Vaccination in Bombay 1902-1912 - 1902-1912
Year: 1902
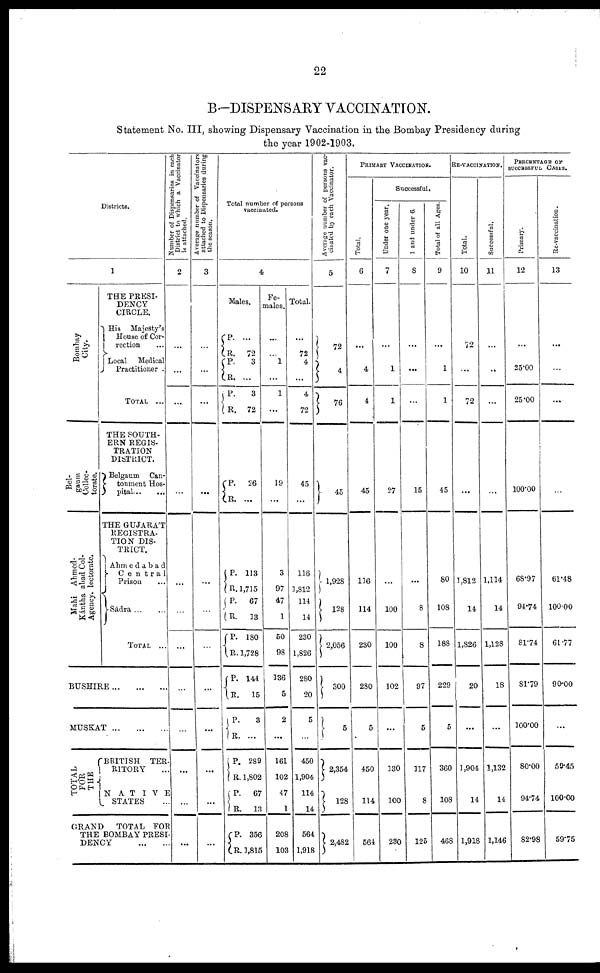
22
B.—DISPENSARY VACCINATION.
Statement No. III, showing Dispensary Vaccination in the Bombay Presidency during
the year 1902-1903.
Districts.
1
Bombay
City.
Bel¬
gaum
Collec¬
torate.
Ahmed¬
abad Col¬
lectorate.
Mahi
Kántha
Agency.
THE PRESI-
DENCY
CIRCLE.
His Majesty's
House of Cor¬
rection ...
Local Medical
Practitioner .
TOTAL ...
THE SOUTH-
ERN REGIS-
TRATION
DISTRICT.
Belgaum Can¬
tonment Hos¬
pital ... ...
THE GUJARÁT
REGISTRA-
TION DIS-
TRICT.
Ahmedabad
Central
Prison
...
Sádra ... ...
TOTAL ...
BUSHIRE
...
...
...
MUSKAT
...
...
...
TOTAL
FOR
THE
BRITISH TER¬
RITORY ...
NATIVE
STATES ...
GRAND
TOTAL FOR
THE BOMBAY PRESI¬
DENCY
...
...
Number of Dispensaries in each
District to which a Vaccinator
is attached.
2
...
...
...
...
...
...
...
...
...
...
...
...
Average number of Vaccinators
attached to Dispensaries during
the season.
3
...
...
...
...
...
...
...
...
...
...
...
...
Total number of persons
vaccinated.
4
Males.
P. R. P. R.
P.
R.
P.
R.
P.
R.
P.
R.
P.
R.
P.
R.
P.
R.
P.
R.
P.
R.
P. R.
...
72
3
...
3
72
26
...
113
1,715
67
33
180
1,728
141
15
3
...
289
1,802
67
13
356
1,815
Fe-
males.
...
...
1
...
1
...
19
...
3
97
47
1
50
98
136
5
2
...
161
102
47
1
208
103
Total.
...
72
4
...
4
72
45
...
116
1,812
114
14
230
1,826
280
20
5
450
1,904
114
14
564
1,918
Average number of persons vac-
cinated by each Vaccinator.
5
72
4
76
45
1,928
128
2,056
300
5
2,354
128
2,482
PRIMARY VACCINATION.
Total.
6
...
4
4
45
116
114
230
280
5
450
114
564
Successful.
Under one year.
7
...
1
1
27
...
100
100
102
...
130
100
230
1 and under 6.
8
...
...
...
15
...
8
8
97
5
117
8
125
Total of all Ages.
9
...
1
1
45
80
108
188
229
5
360
108
468
RE-VACCINATION.
Total.
10
72
...
72
...
1,812
14
1,826
20
...
1,904
14
1,918
Successful.
11
...
...
...
...
1,114
14
1,128
18
...
1,132
14
1,146
PERCENTAGE OF
SUCCESSFUL CASES.
Primary.
12
...
25.00
25.00
100.00
68.97
94.74
81.74
81.79
100.00
80.00
94.74
82.98
Re-vaccination.
13
...
...
...
...
61.48
100.00
61.77
90.00
...
59.45
100.00
59.75